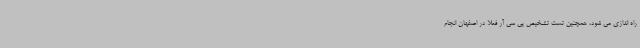
راه اندازی می شود، همچنین تست تشخیص پی سی آر فعلا در اصفهان انجام